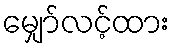
မျှော်လင့်ထား